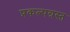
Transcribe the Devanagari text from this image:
प्रकल्पग्रस्त